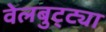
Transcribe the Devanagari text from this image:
वेलबुट्ट्या